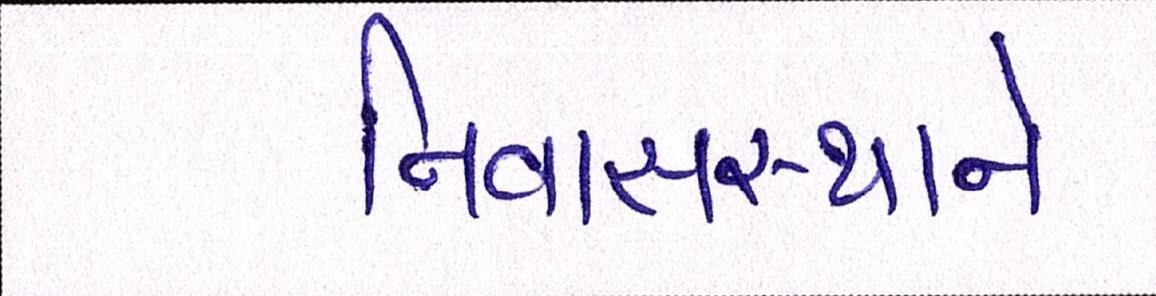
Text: નિવાસસ્થાને